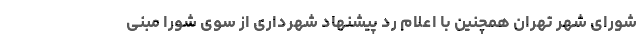
شورای شهر تهران همچنین با اعلام رد پیشنهاد شهرداری از سوی شورا مبنی